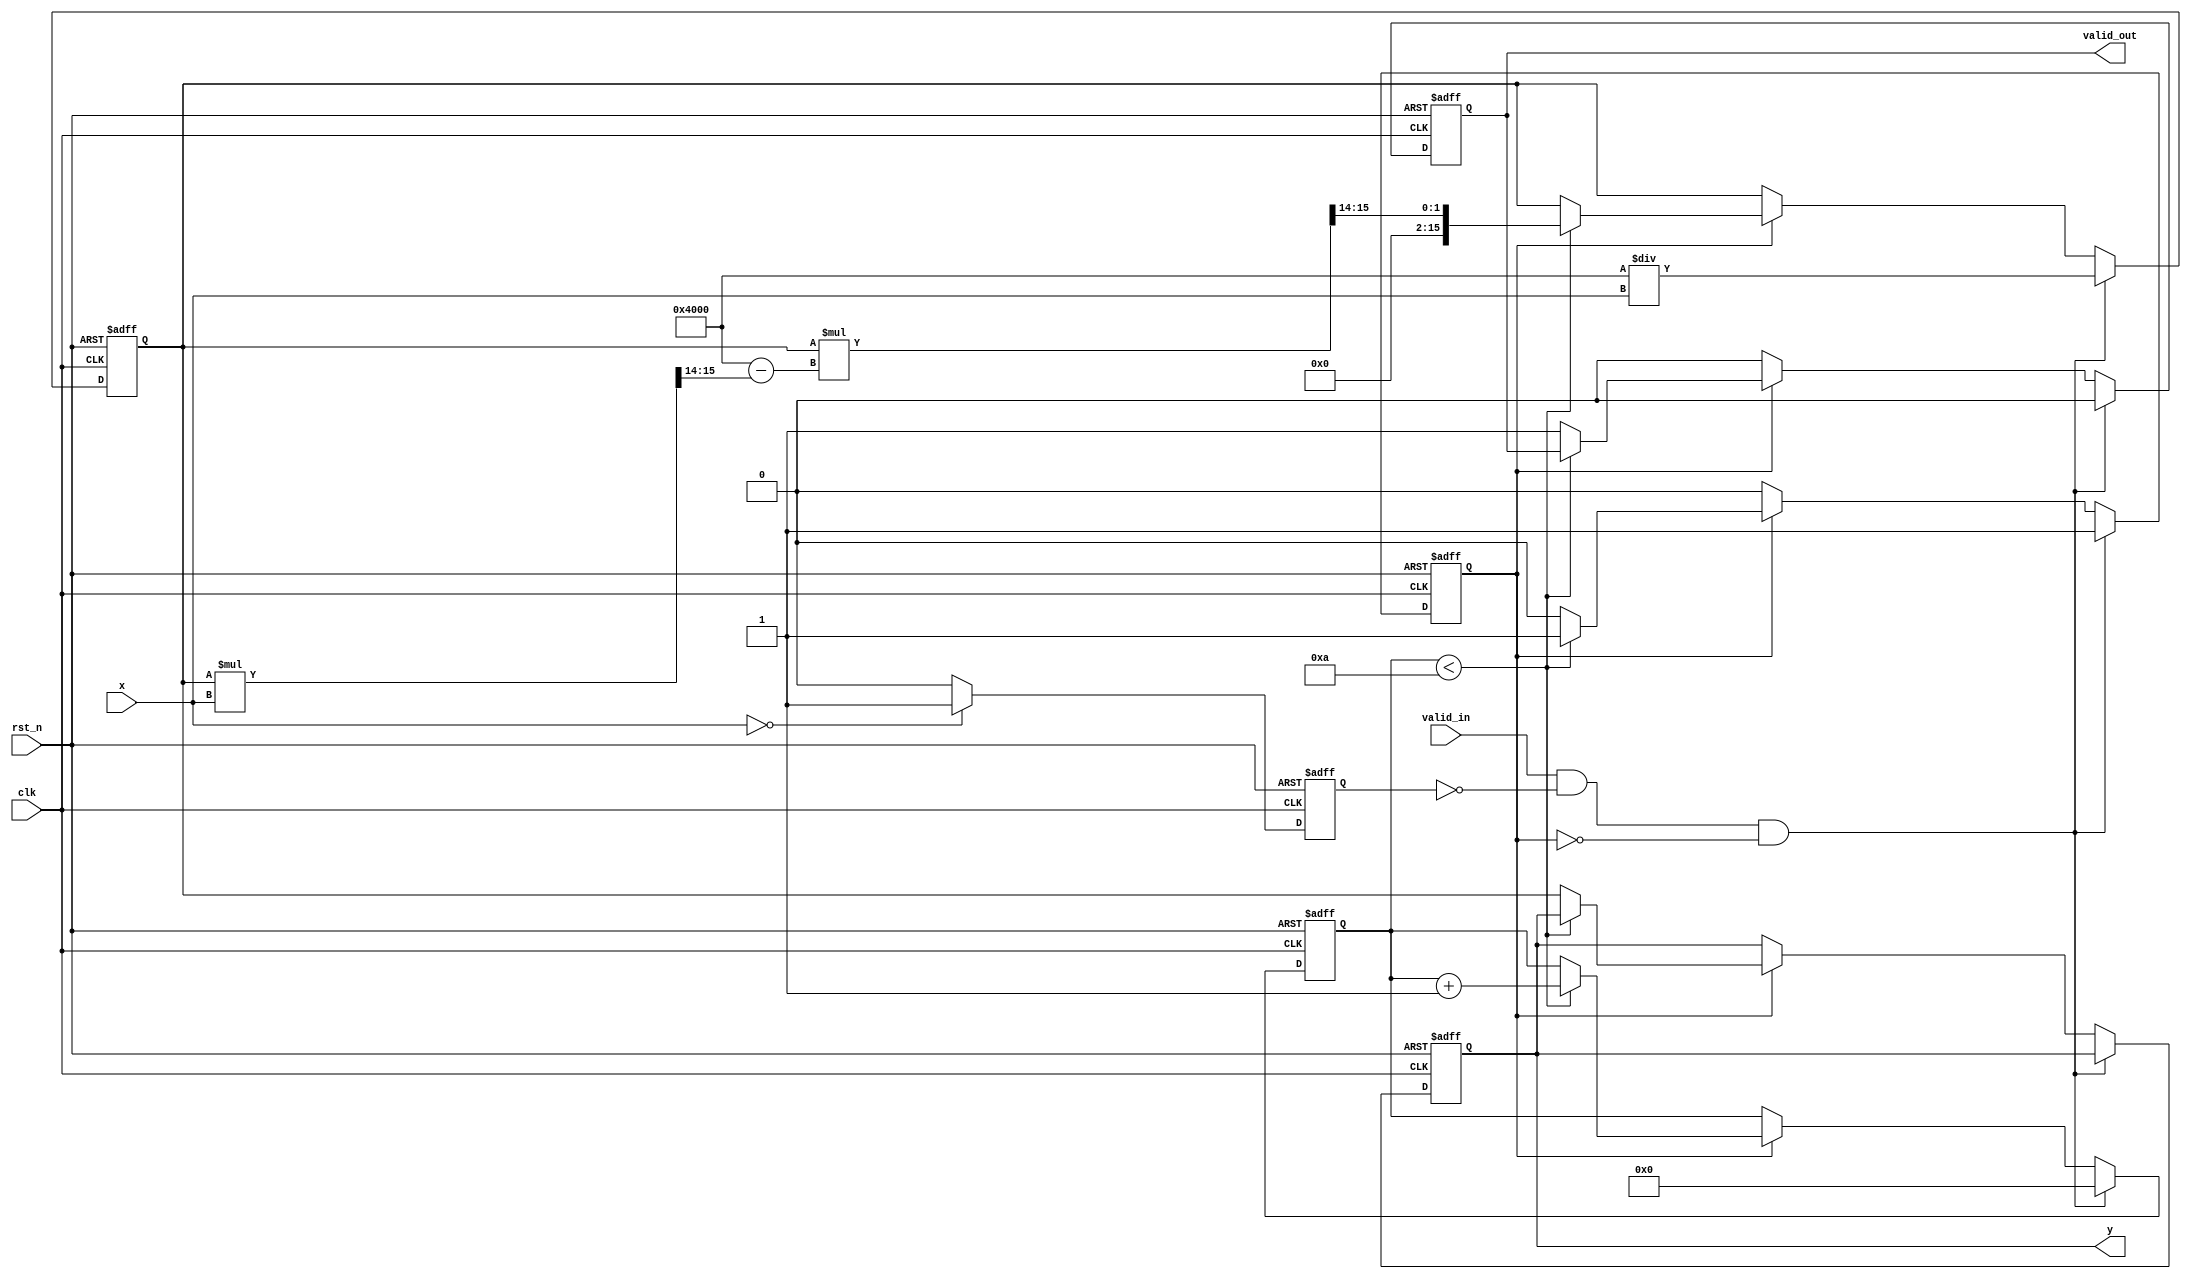
module fixed_point_reciprocal (
    input           clk,          // Clock signal
    input           rst_n,        // Active low reset
    input           valid_in,     // Input valid signal
    input   [15:0] x,            // Input data (Q1.14 format)
    output reg      valid_out,    // Output valid signal
    output reg [15:0] y           // Output data (Q1.14 format)
);

    // Internal parameters
    parameter MAX_ITER = 10;      // Maximum number of iterations
    parameter Q1_14 = 16'h4000;   // Q1.14 representation of 1 (2^14)
    
    reg [15:0]  approximation;    // Current approximation for reciprocal
    reg [3:0]   iteration_count;   // Iteration counter
    reg          invalid_input;     // Flag for invalid input
    reg          doing_reciprocal; // Flag indicating reciprocal calculation in progress

    // Detect invalid input (zero value)
    always @(posedge clk or negedge rst_n) begin
        if (!rst_n) begin
            invalid_input <= 1'b0;
        end else begin
            invalid_input <= (x == 16'h0000) ? 1'b1 : 1'b0;
        end
    end

    // Main calculation process
    always @(posedge clk or negedge rst_n) begin
        if (!rst_n) begin
            y <= 16'h0000;
            valid_out <= 1'b0;
            approximation <= 16'h0000;
            iteration_count <= 4'b0000;
            doing_reciprocal <= 1'b0;
        end else if (valid_in && !invalid_input && !doing_reciprocal) begin
            // Start the reciprocal calculation
            approximation <= Q1_14 / x; // Initial guess: 1/x
            iteration_count <= 4'b0000;
            doing_reciprocal <= 1'b1;
            valid_out <= 1'b0;
        end else if (doing_reciprocal) begin
            if (iteration_count < MAX_ITER) begin
                // Newton-Raphson iteration: x(n+1) = x(n) * (2 - x(n) * x)
                approximation <= approximation * (Q1_14 - (approximation * x >> 14)) >> 14;
                iteration_count <= iteration_count + 1;
            end else begin
                // Final output after iterations
                y <= approximation;
                valid_out <= 1'b1;
                doing_reciprocal <= 1'b0;
            end
        end else begin
            valid_out <= 1'b0; // No output if calculation is not valid
        end
    end

endmodule